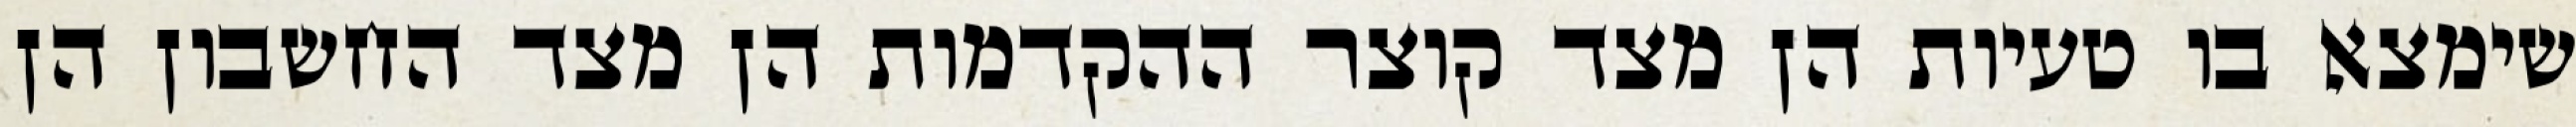
שימצא בו טעיות הן מצד קוצר ההקדמות הן מצד החשבון הן